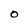
Character: O